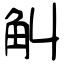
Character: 觓